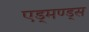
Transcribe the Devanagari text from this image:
एड्मण्ड्स